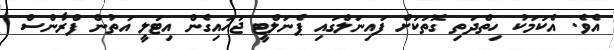
އެވެ. އެކަމަކު ހިތްދަތި ގޮތަކަށް ފައިނަލްގައި ޕެނަލްޓީ ޖަހައިގެން އިޓަލީ އަތުން ފްރާންސް